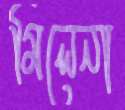
মিলেনা